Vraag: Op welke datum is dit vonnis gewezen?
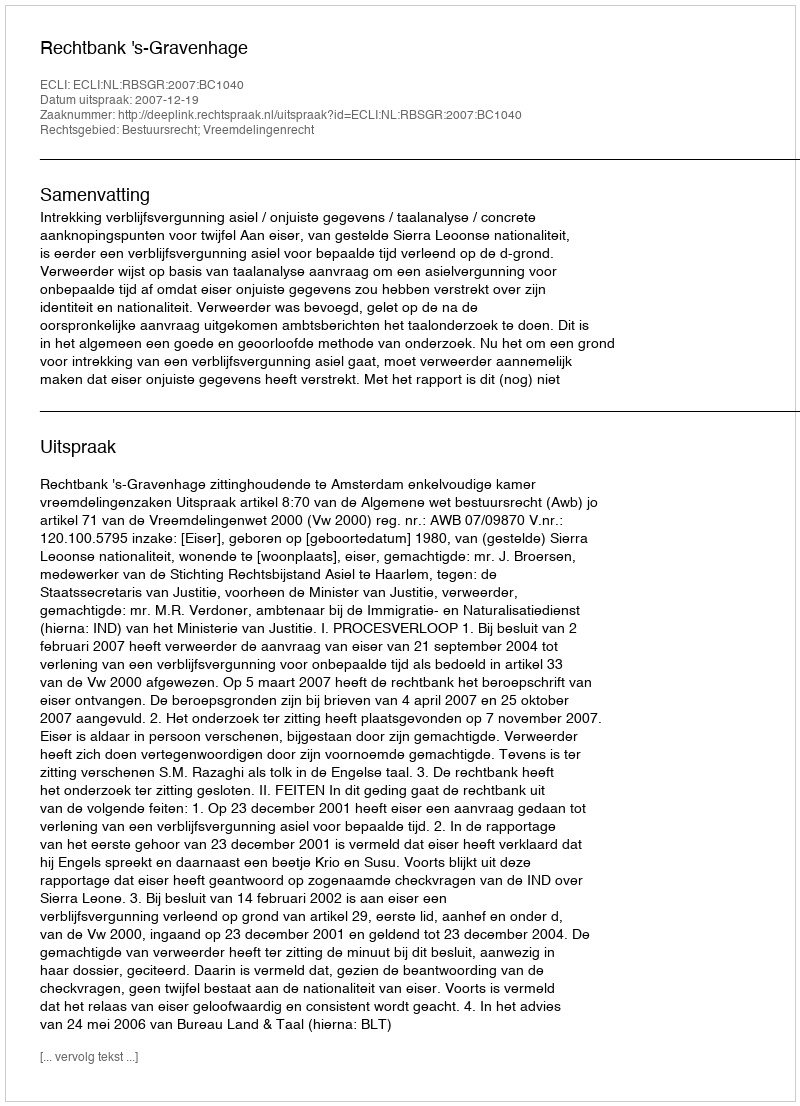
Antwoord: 2007-12-19